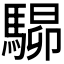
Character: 𩤶